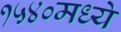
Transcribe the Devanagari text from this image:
१५४०मध्ये